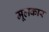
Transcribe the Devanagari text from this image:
मूलकार